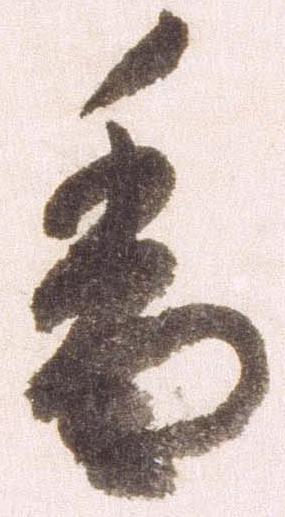
香